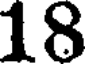
18